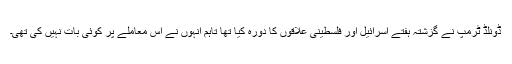
ڈونلڈ ٹرمپ نے گزشتہ ہفتے اسرائیل اور فلسطینی علاقوں کا دورہ کیا تھا تاہم انہوں نے اس معاملے پر کوئی بات نہیں کی تھی۔